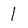
Character: I